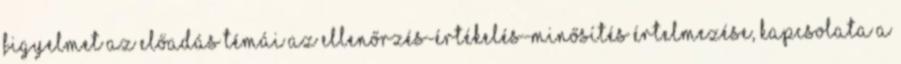
FIGYELMET Az előadás témái Az ellenőrzés-értékelés-minősítés értelmezése, kapcsolata A